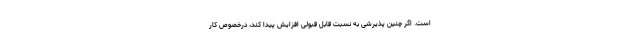
است. اگر چنین پذیرشی به نسبت قابل قبولی افزایش پیدا کند، درخصوص کار